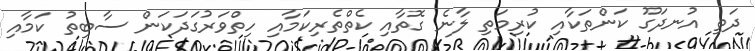
ދަތި އުނދަގޫ ކަންތަކާއި ކުރިމަތި ލާނެ ގޮތާއި ކެތްތެރިކަމާއި ހިތްވަރުގަދަކަން ސާބިތު ކަމާއި